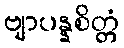
ဗျာပန္နစိတ္တံ